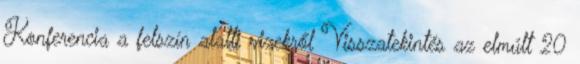
Konferencia a felszín alatti vizekről Visszatekintés az elmúlt 20